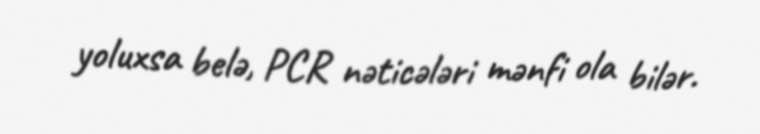
yoluxsa belə, PCR nəticələri mənfi ola bilər.